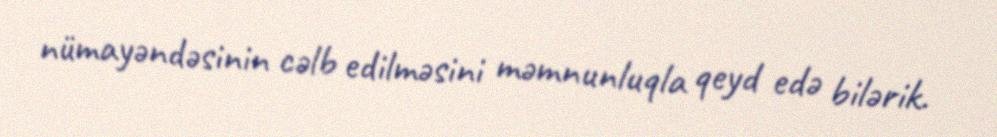
nümayəndəsinin cəlb edilməsini məmnunluqla qeyd edə bilərik.